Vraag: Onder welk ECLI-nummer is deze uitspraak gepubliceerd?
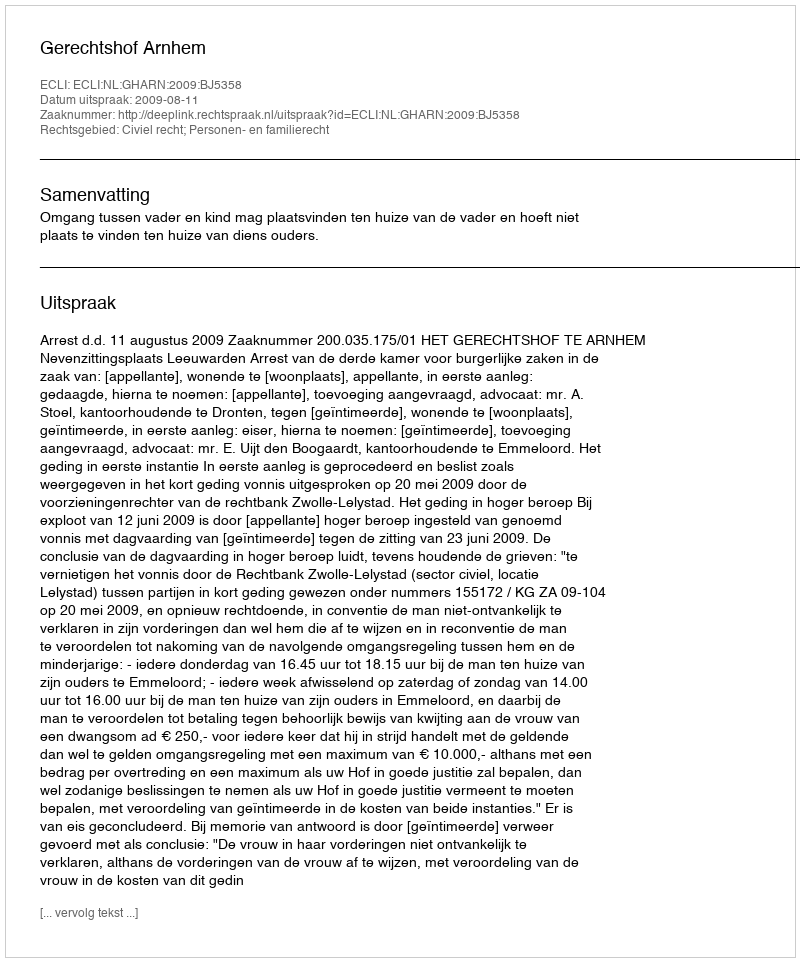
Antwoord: ECLI:NL:GHARN:2009:BJ5358